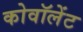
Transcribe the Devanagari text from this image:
कोवॉलेंट